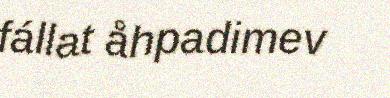
fállat åhpadimev